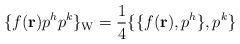
LaTeX: \begin{align*}\{ f({\bf r}) p^h p^k \}_{\rm W}= {1\over 4} \{ \{ f({\bf r}), p^h \} , p^k \}\end{align*}